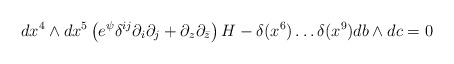
\begin{align*}dx^4\wedge dx^5\left(e^{\psi}\delta^{ij} \partial_i \partial_j +\partial_z\partial_{\bar{z}} \right) H - \delta(x^6)\ldots \delta(x^9) db \wedge dc = 0\end{align*}